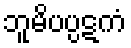
ဘူမိပပ္ပဋကံ